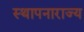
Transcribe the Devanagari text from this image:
स्थापनाराज्य